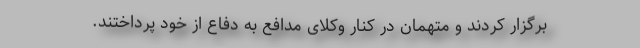
برگزار کردند و متهمان در کنار وکلای مدافع به دفاع از خود پرداختند.